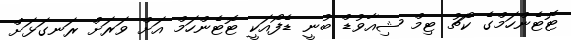
ޓޮޓެންހަމްގެ ކޯޗު ޓިމް ޝިއާވުޑް ބުނީ ޑެފޯއަކީ ޓޮޓެންހަމް އަށް ވަރަށް ރަނގަޅަށް